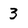
Character: 3